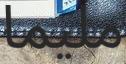
مليما